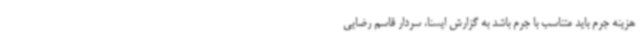
هزینه جرم باید متناسب با جرم باشد به گزارش ایسنا، سردار قاسم رضایی